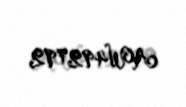
AW492792